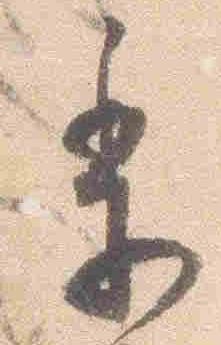
季